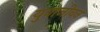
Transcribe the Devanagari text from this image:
युवाजीवन